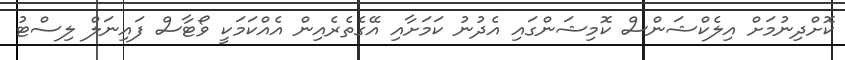
ކޮށްދިނުމަށް އިލެކްޝަންސް ކޮމިޝަންގައި އެދުނު ކަމަށާއި އޭގެތެރެއިން އެއްކަމަކީ ވޯޓާސް ފައިނަލް ލިސްޓު